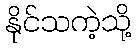
နိုင်သကဲ့သို့